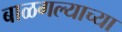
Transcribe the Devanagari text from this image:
बाळगल्याच्या